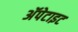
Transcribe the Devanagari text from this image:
अॅपेटाइट